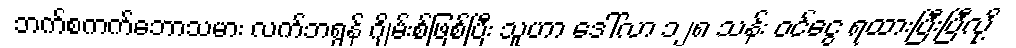
ဘက်စကက်ဘောသမား လက်ဘရွန် ဂျိမ်းစ်ဖြစ်ပြီး သူဟာ ဒေါ်လာ ၁၂၈ သန်း ဝင်ငွေ ရထားပြီးပြီလို့